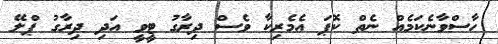
ހާސްވާނެކަމެއް ނެތް ކޮޕަ އެމެރިކާ ވެސް ދިރާގު ޓީވީ އަދި ދިރާގު ޕްލޭ